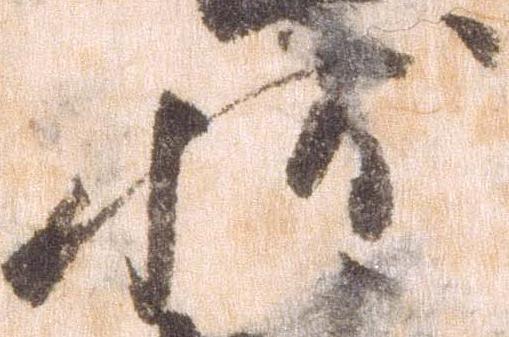
状